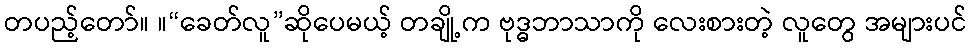
တပည့်တော်။ ။“ခေတ်လူ”ဆိုပေမယ့် တချို့က ဗုဒ္ဓဘာသာကို လေးစားတဲ့ လူတွေ အများပင်